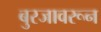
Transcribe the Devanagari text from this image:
बुरजावरून